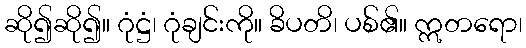
ဆို၍ဆို၍။ ဂုံဋ္ဌံ၊ ဂုံချင်းကို။ ခိပတိ၊ ပစ်၏။ ဣတရော၊